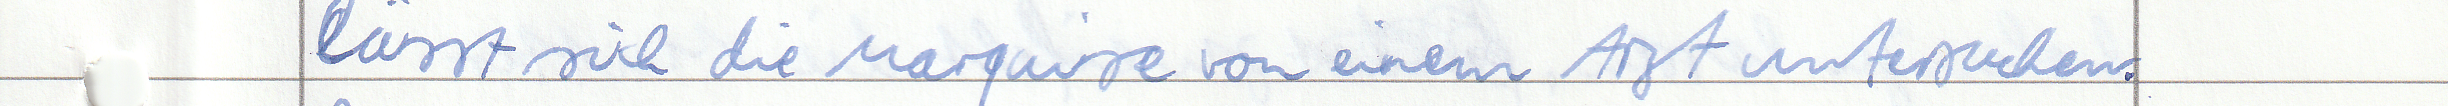
lässt sich die Marquise von einem Arzt untersuchen.